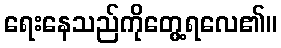
ရေးနေသည်ကိုတွေ့ရလေ၏။